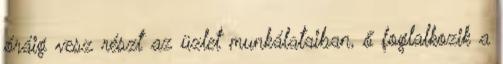
óráig vesz részt az üzlet munkálataiban, ő foglalkozik a